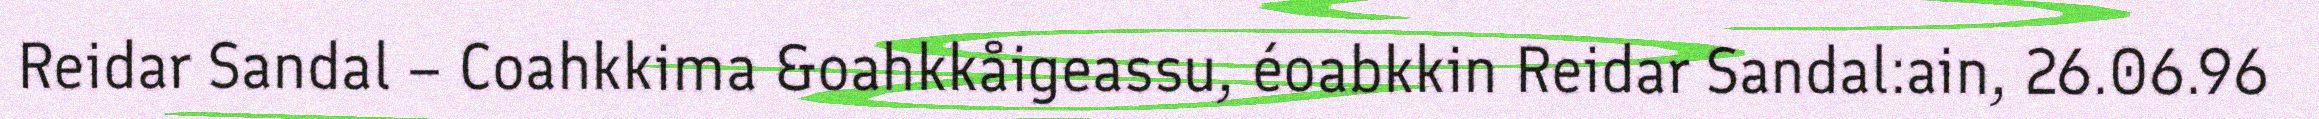
Reidar Sandal – Coahkkima &oahkkåigeassu, éoabkkin Reidar Sandal:ain, 26.06.96